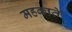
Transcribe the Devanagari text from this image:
महकाते